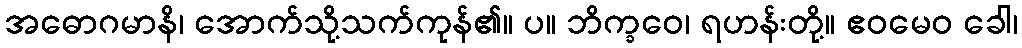
အဓောဂမာနိ၊ အောက်သို့သက်ကုန်၏။ ပ။ ဘိက္ခဝေ၊ ရဟန်းတို့။ ဧဝမေဝ ခေါ၊